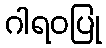
ဂါရဝပြု